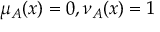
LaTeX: \mu _ { A } ( x ) = 0 , \nu _ { A } ( x ) = 1